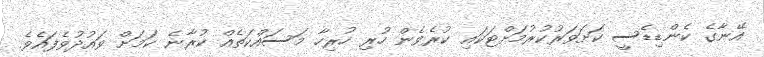
އޭނާގެ ކެންޑިޑެސީ ކަށަވަރުކުރުމަށްޓަކައި ކުރެވެން ހުރި ހުރިހާ މަސައްކަތެއް ކުރާނެ ކަމަށް ވައުދުވެފައެވެ.